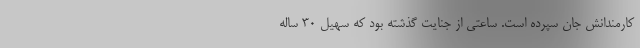
کارمندانش جان سپرده است. ساعتی از جنایت گذشته بود که سهیل ۳۰ ساله